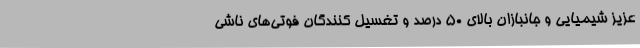
عزیز شیمیایی و جانبازان بالای ۵۰ درصد و تغسیل کنندگان فوتی‌های ناشی